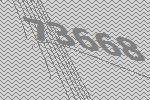
73668